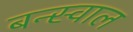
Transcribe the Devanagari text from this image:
बन्स्वाल